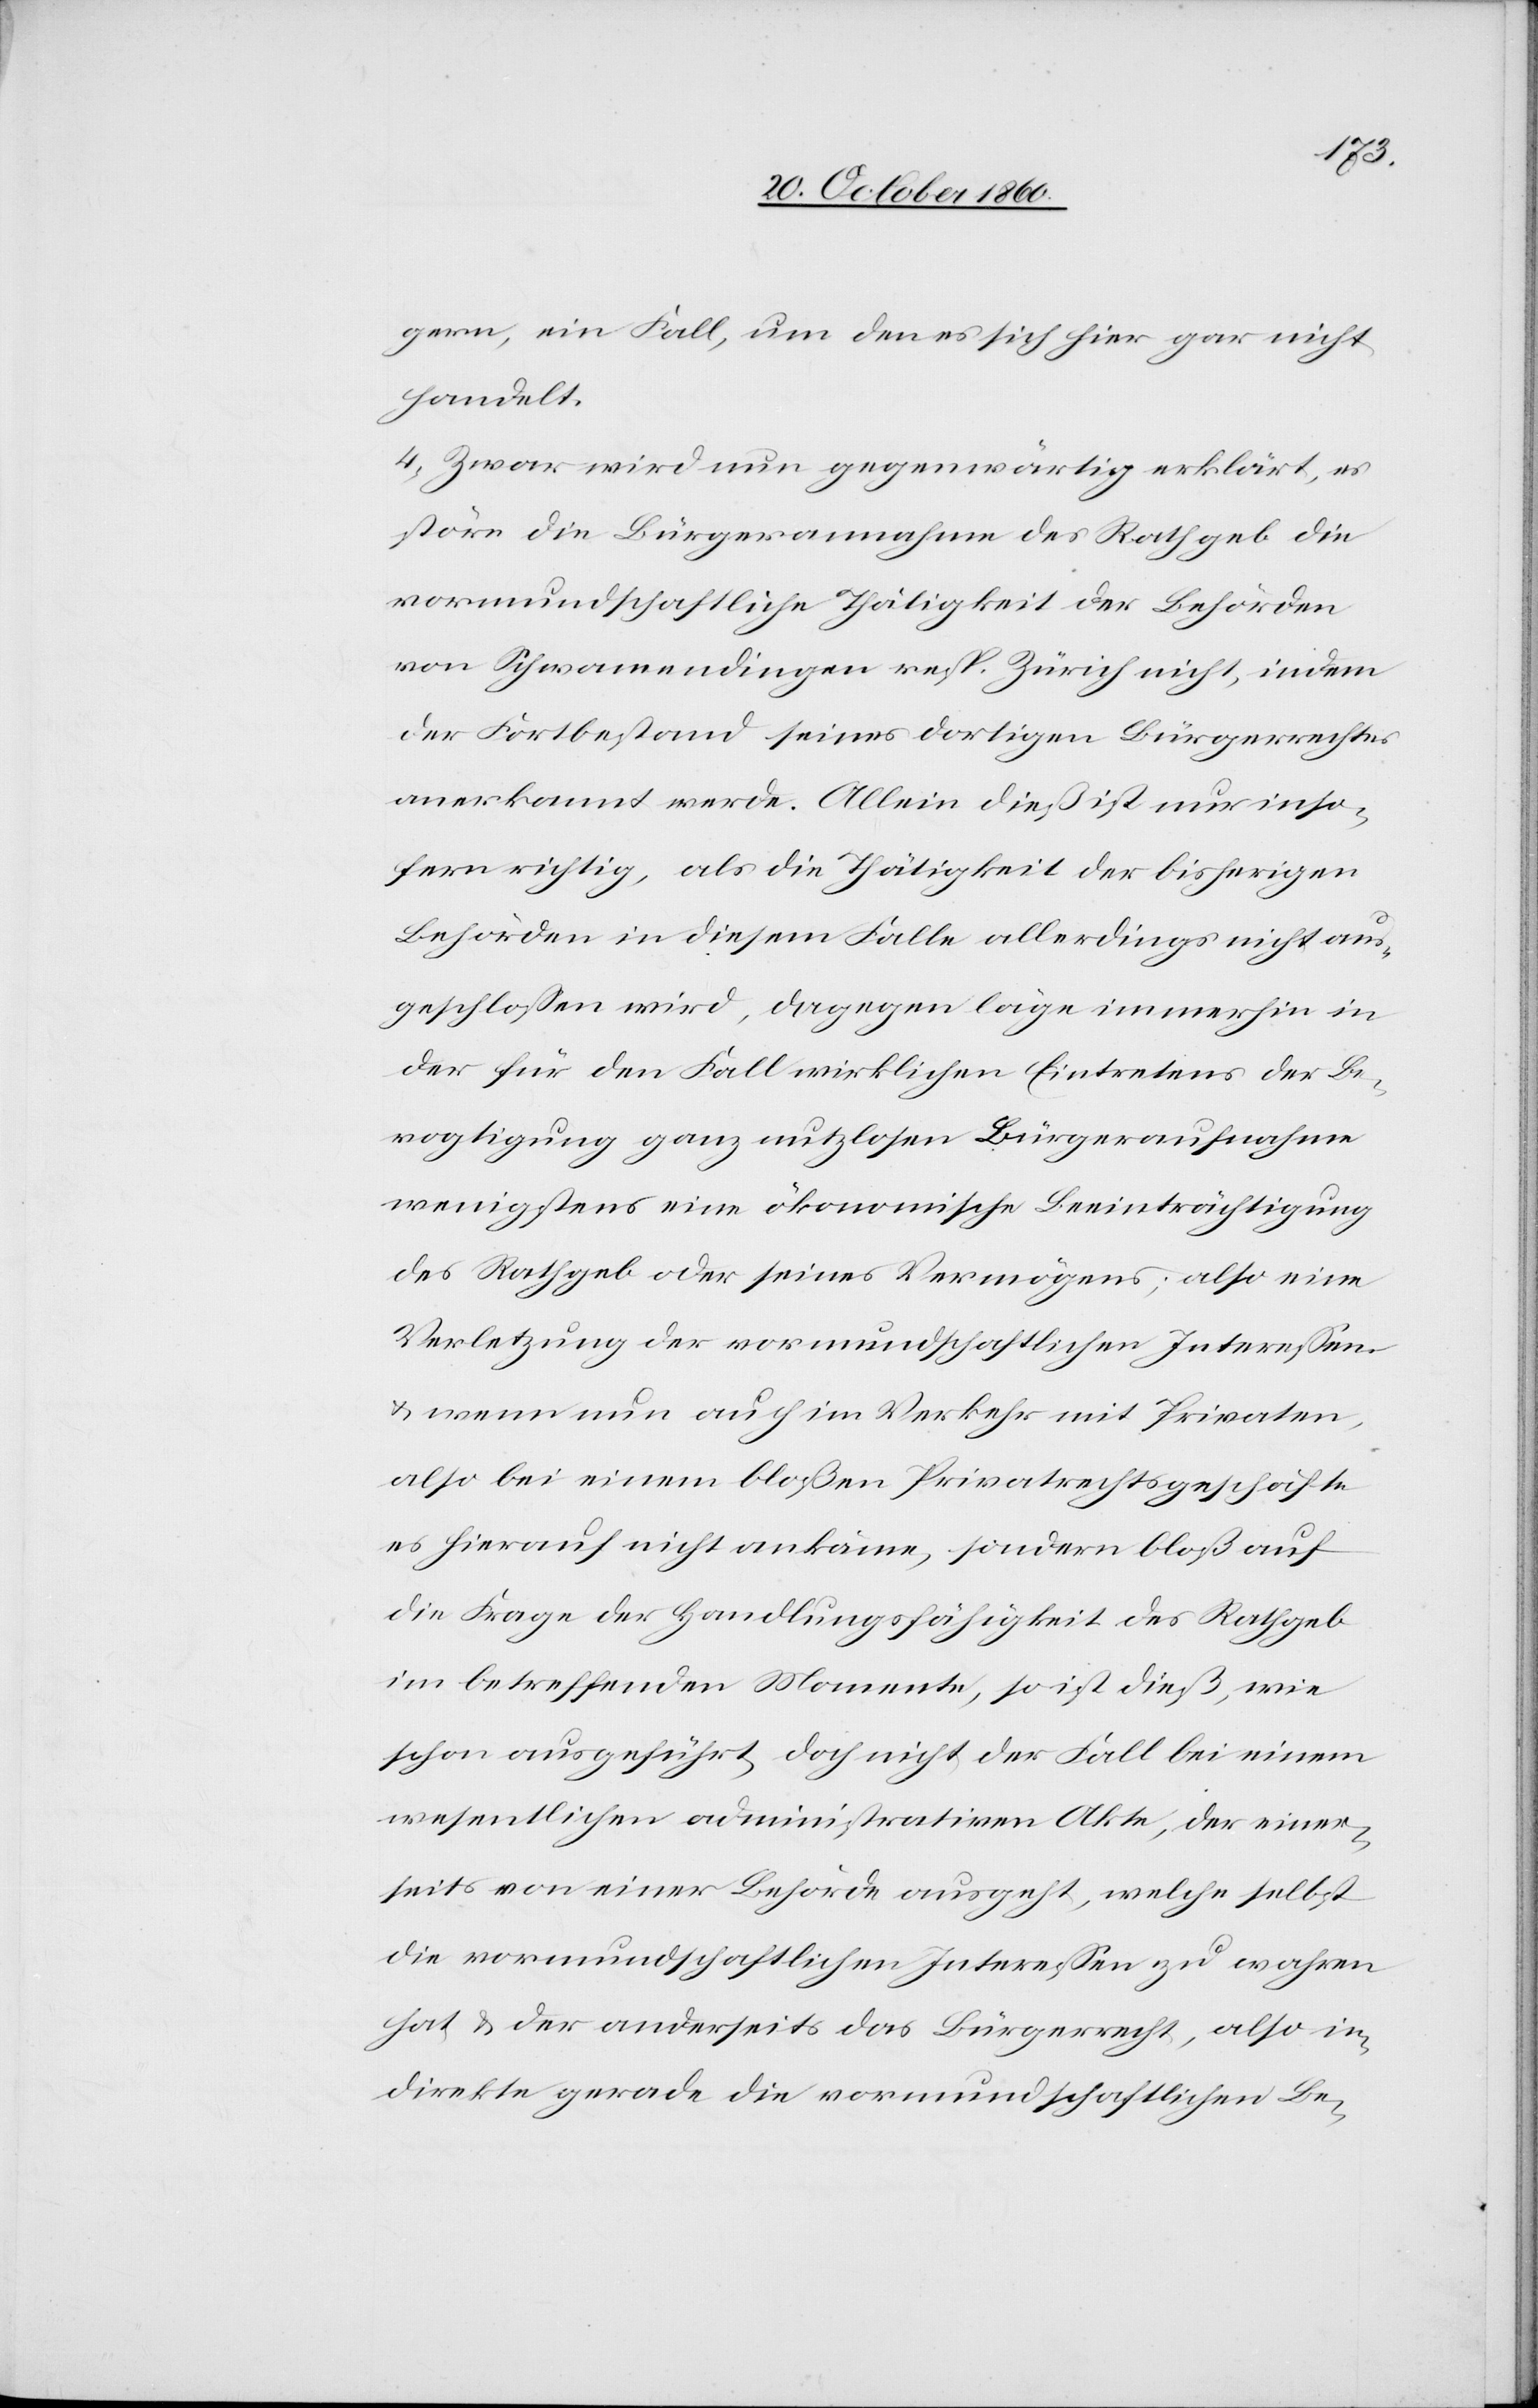
gern, ein Fall, um den es sich hier gar nicht
handelt.
4) Zwar wird nun gegenwärtig erklärt, es
störe die Bürgerannahme des Rathgeb die
vormundschaftliche Thätigkeit der Behörden
von Schwamendingen resp. Zürich nicht, indem
der Fortbestand seines dortigen Bürgerrechts
anerkannt werde. Allein dieß ist nur inso¬
fern richtig, als die Thätigkeit der bisherigen
Behörden in diesem Falle allerdings nicht aus¬
geschlossen wird, dagegen läge immerhin in
der für den Fall wirklichen Eintretens der Be¬
vogtigung ganz nutzlosen Bürgeraufnahme
wenigstens eine ökonomische Beeinträchtigung
des Rathgeb oder seines Vermögens, also eine
Verletzung der vormundschaftlichen Interessen
u. wenn nun auch im Verkehr mit Privaten,
also bei einem bloßen Privatrechtsgeschäfte
es hierauf nicht ankäme, sondern bloß auf
die Frage der Handlungsfähigkeit des Rathgeb
im betreffenden Momente, so ist dieß, wie
schon ausgeführt, doch nicht der Fall bei einem
wesentlichen administrativen Akte, der einer¬
seits von einer Behörde ausgeht, welche selbst
die vormundschaftlichen Interessen zu wahren
hat u. der anderseits das Bürgerrecht, also in¬
direkte gerade die vormundschaftlichen Be-